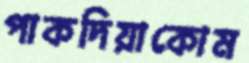
পাকদিয়াকোম